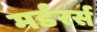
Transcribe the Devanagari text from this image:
मर्डरर्स